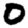
Digit: 0